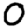
Digit: 0